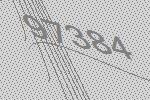
97384